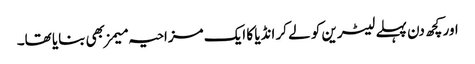
اور کچھ دن پہلے لیٹرین کو لے کر انڈیا کا ایک مزاحیہ میمز بھی بنایا تھا۔